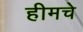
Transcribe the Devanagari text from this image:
हीमचे